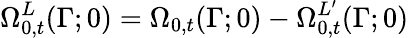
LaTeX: \Omega_{0,t}^{L}(\Gamma;0)=\Omega_{0,t}(\Gamma;0)-\Omega_{0,t}^{L^{\prime}}(\Gamma;0)